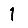
Digit: 1